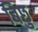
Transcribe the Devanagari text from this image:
बिछु